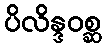
ပိလိန္ဒဝစ္ဆ